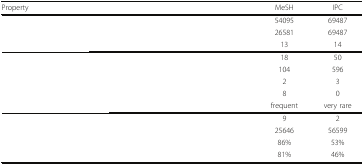
<table><thead><tr><td><b>Property</b></td><td><b>MeSH</b></td><td><b>IPC</b></td></tr></thead><tbody><tr><td>[EMPTY_CELL]</td><td>54095</td><td>69487</td></tr><tr><td>[EMPTY_CELL]</td><td>26581</td><td>69487</td></tr><tr><td>[EMPTY_CELL]</td><td>13</td><td>14</td></tr><tr><td>[EMPTY_CELL]</td><td>18</td><td>50</td></tr><tr><td>[EMPTY_CELL]</td><td>104</td><td>596</td></tr><tr><td>[EMPTY_CELL]</td><td>2</td><td>3</td></tr><tr><td>[EMPTY_CELL]</td><td>8</td><td>0</td></tr><tr><td>[EMPTY_CELL]</td><td>frequent</td><td>very rare</td></tr><tr><td>[EMPTY_CELL]</td><td>9</td><td>2</td></tr><tr><td>[EMPTY_CELL]</td><td>25646</td><td>56599</td></tr><tr><td>[EMPTY_CELL]</td><td>86%</td><td>53%</td></tr><tr><td>[EMPTY_CELL]</td><td>81%</td><td>46%</td></tr></tbody></table>